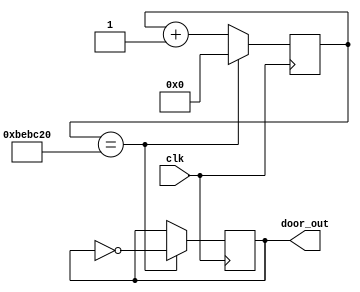
module door_2(clk,door_out);
input clk;
output reg door_out;

reg    [31:0]count;

always@(posedge clk)  
begin              
  if(count==32'd12500000) 
    begin
    door_out<=~door_out;  
    count<=32'd0;
    end
  else 
    count<=count+1'b1;   
end                     


endmodule